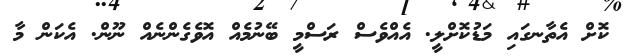
ކޮށް އެތާނގައި މަޑުކޮށްލީ. އެއްވެސް ރަސްމީ ބޭނުމެއް އޮވެގެންނެއް ނޫން. އެކަން މާ